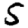
Digit: 5